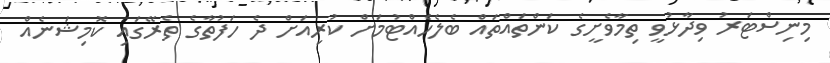
މިނިސްޓަރު ވިދާޅުވީ ތިމާވެށީގެ ކަންތައްތައް ބެލެހެއްޓުމަށް ކުރިއަށް ދެ ހަފުތާގެ ތެރޭގައި ކޮމިޝަނެއް